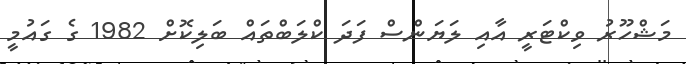
މަޝްހޫރު ވިކްޓަރީ އާއި ލަޔަންސް ފަދަ ކްލަބްތައް ބަލިކޮށް 1982 ގެ ގައުމީ